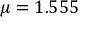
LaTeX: \mu = 1 . 5 5 5